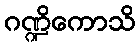
ဂဏ္ဍိကောသိ